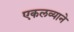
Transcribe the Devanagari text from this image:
एकलव्याने